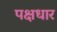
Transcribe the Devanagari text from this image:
पक्षधार